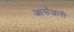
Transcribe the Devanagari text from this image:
आर्संजानी